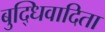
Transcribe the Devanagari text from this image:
बुद्धिवादिता